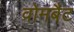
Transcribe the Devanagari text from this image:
वोमबैट